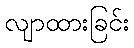
လျာထားခြင်း